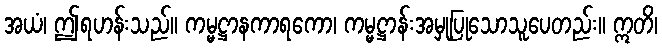
အယံ၊ ဤရဟန်းသည်။ ကမ္မဋ္ဌာနကာရကော၊ ကမ္မဋ္ဌာန်းအမှုပြုသောသူပေတည်း။ ဣတိ၊